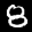
Label: 8